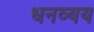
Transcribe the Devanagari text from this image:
धनव्यय